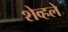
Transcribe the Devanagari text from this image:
शेव्हले